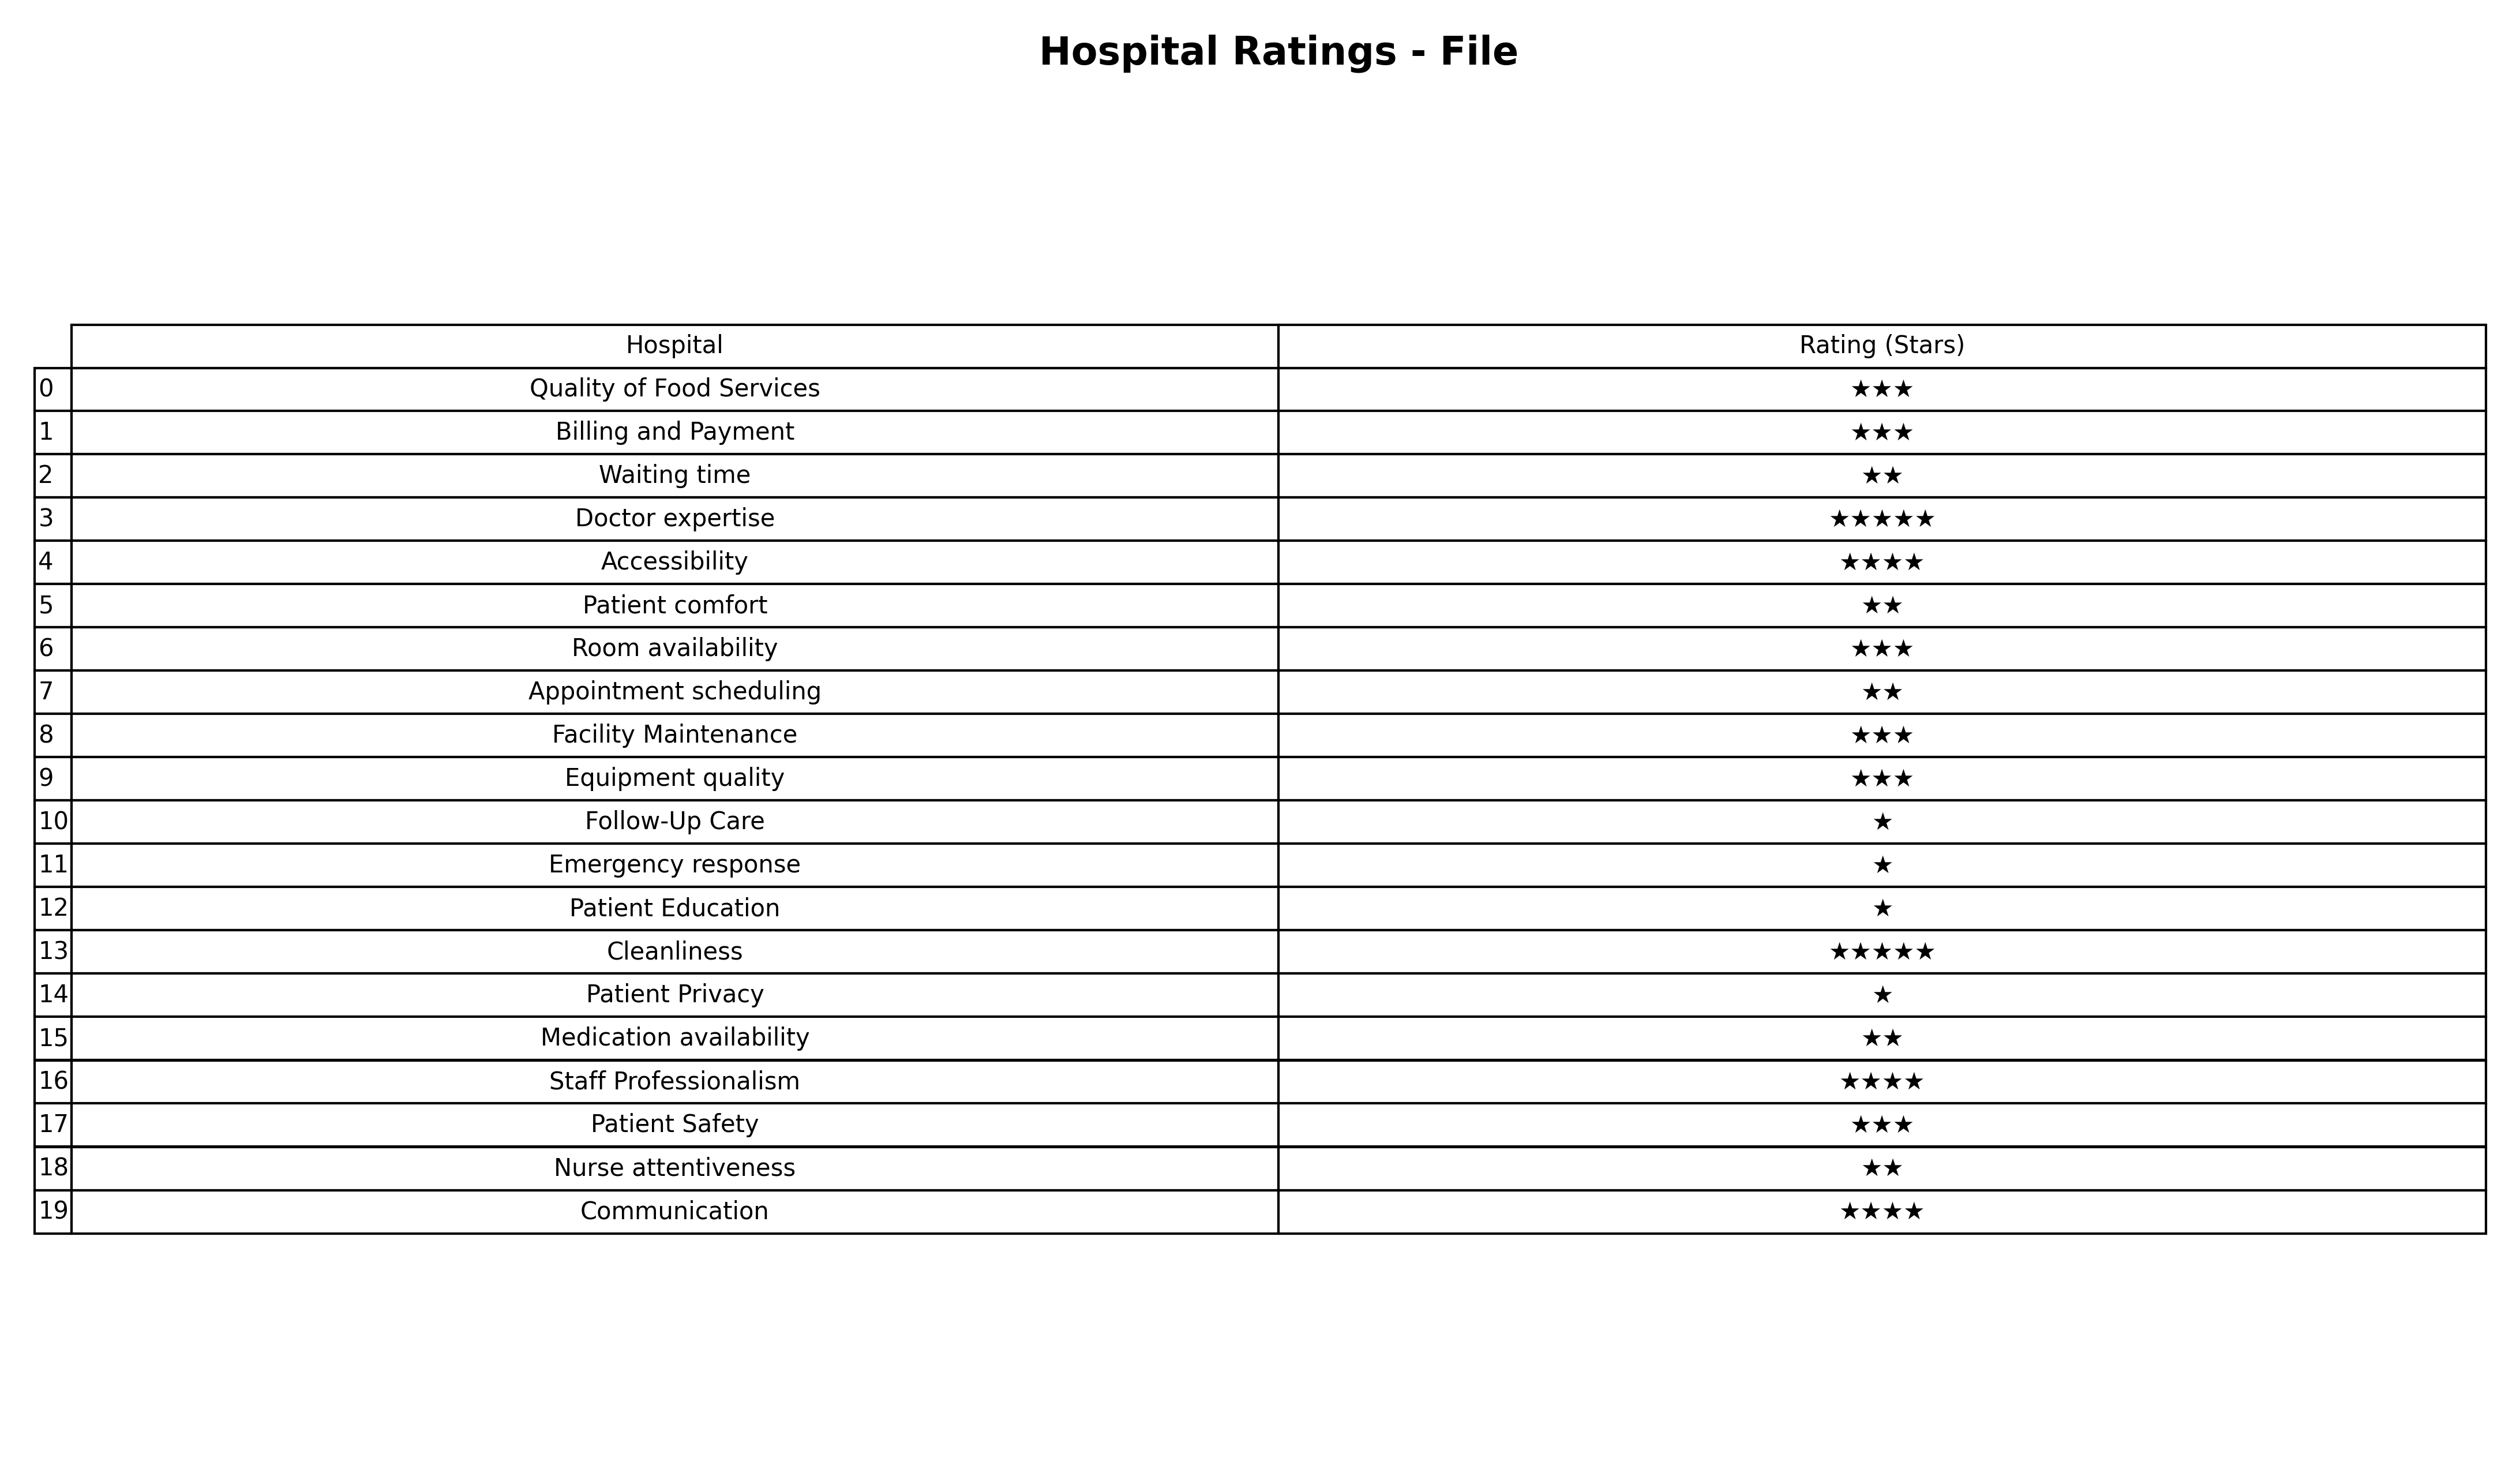
question: Which services are rated average?
answer: Quality of Food ServicesBilling and PaymentRoom availabilityFacility MaintenanceEquipment qualityPatient Safety